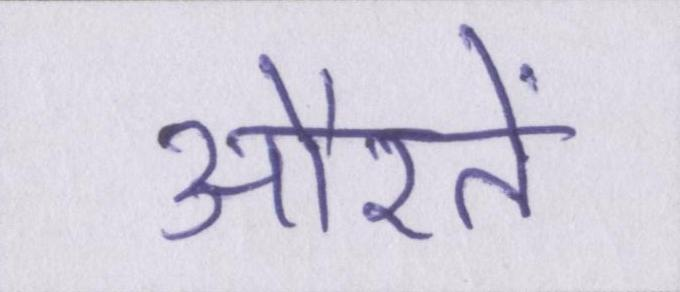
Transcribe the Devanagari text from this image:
औरतें